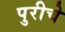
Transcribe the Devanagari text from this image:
पुरीचे